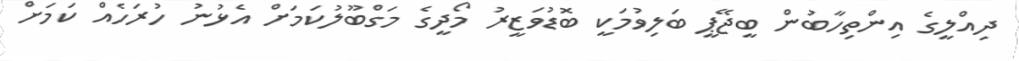
ދިއްލީގެ އިންތިހާބުން ބީޖޭޕީ ބަލިވުމަކީ ބޮޑުވަޒީރު މޯދީގެ މަގްބޫލުކަމަށް އެޅުނު ހުރަހެއް ކަމަށް